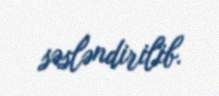
səsləndirilib.